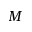
M